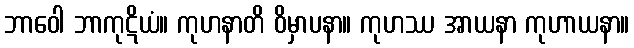
ဘာဝေါ ဘာကုဋိယံ။ ကုဟနာတိ ဝိမှာပနာ။ ကုဟဿ အာယနာ ကုဟာယနာ။